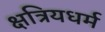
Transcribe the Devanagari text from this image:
क्षत्रियधर्म